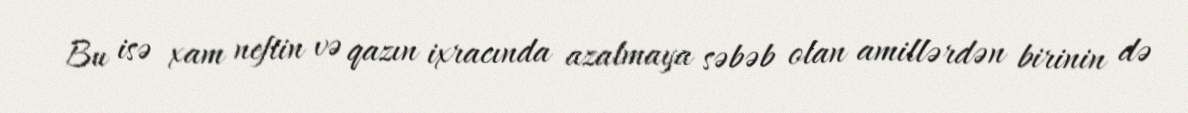
Bu isə xam neftin və qazın ixracında azalmaya səbəb olan amillərdən birinin də